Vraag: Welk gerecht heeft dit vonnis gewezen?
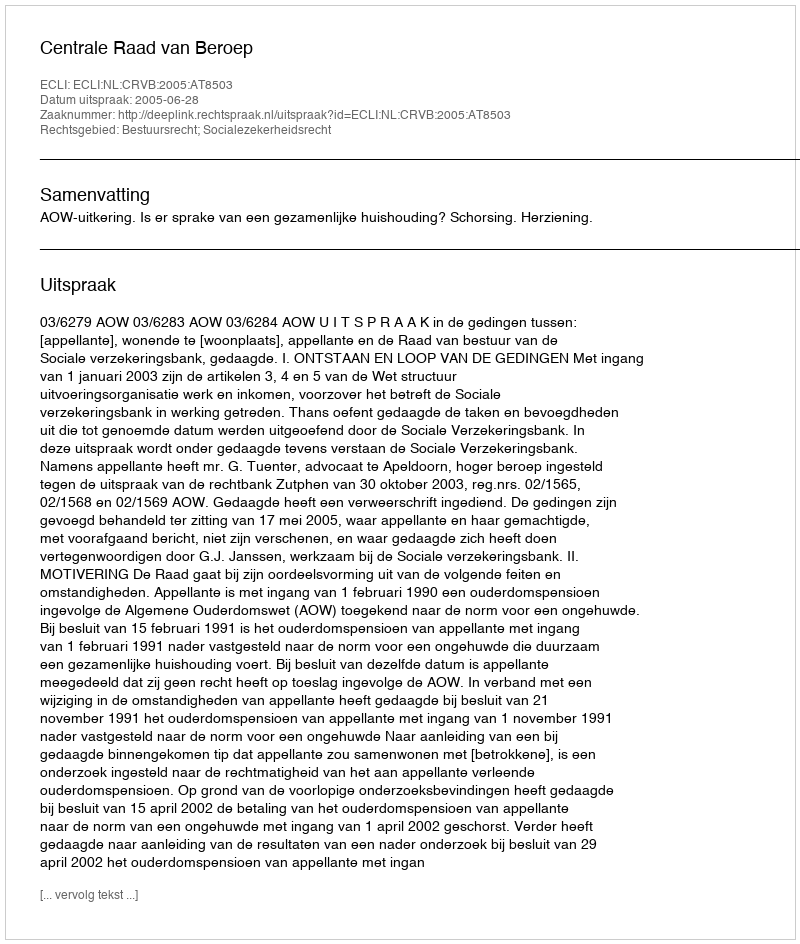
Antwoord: Centrale Raad van Beroep